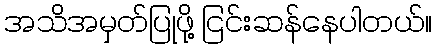
အသိအမှတ်ပြုဖို့ ငြင်းဆန်နေပါတယ်။